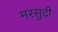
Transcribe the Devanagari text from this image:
मरसुदी